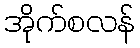
အိုက်စလန်